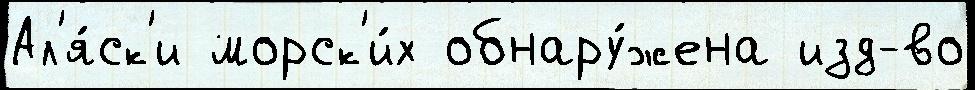
Ал'я́ск'и морск'и́х обнару́жена изд-во